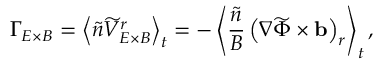
{ \Gamma } _ { E \times B } = \left< \widetilde { n } \widetilde { V } _ { E \times B } ^ { r } \right> _ { t } = - \left< \frac { \widetilde { n } } { B } \left( \nabla \widetilde { \Phi } \times \mathbf { b } \right) _ { r } \right> _ { t } ,